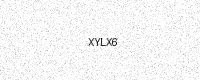
Text: XYLX6